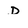
Character: D